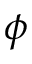
\phi